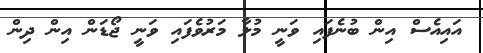
އައިއެސް އިން ބުނެފައި ވަނީ މުލާ މަރުވެފައި ވަނީ ޖޯޑަން އިން ދިން